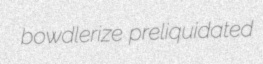
bowdlerize preliquidated